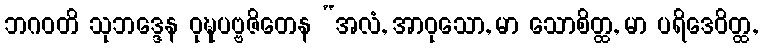
ဘဂဝတိ သုဘဒ္ဒေန ဝုဍ္ဎပဗ္ဗဇိတေန “အလံ, အာဝုသော, မာ သောစိတ္ထ, မာ ပရိဒေဝိတ္ထ,